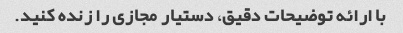
با ارائه توضیحات دقیق، دستیار مجازی را زنده کنید.